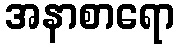
အနာစာရော